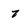
Character: 7